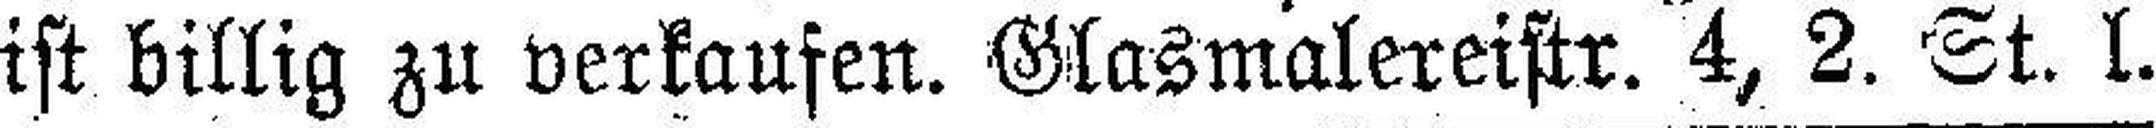
ist billig zu verkaufen. Glasmalereistr. 4, 2. St. l.